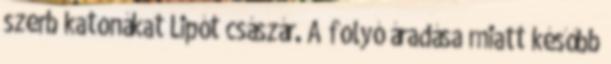
szerb katonákat Lipót császár. A folyó áradása miatt később